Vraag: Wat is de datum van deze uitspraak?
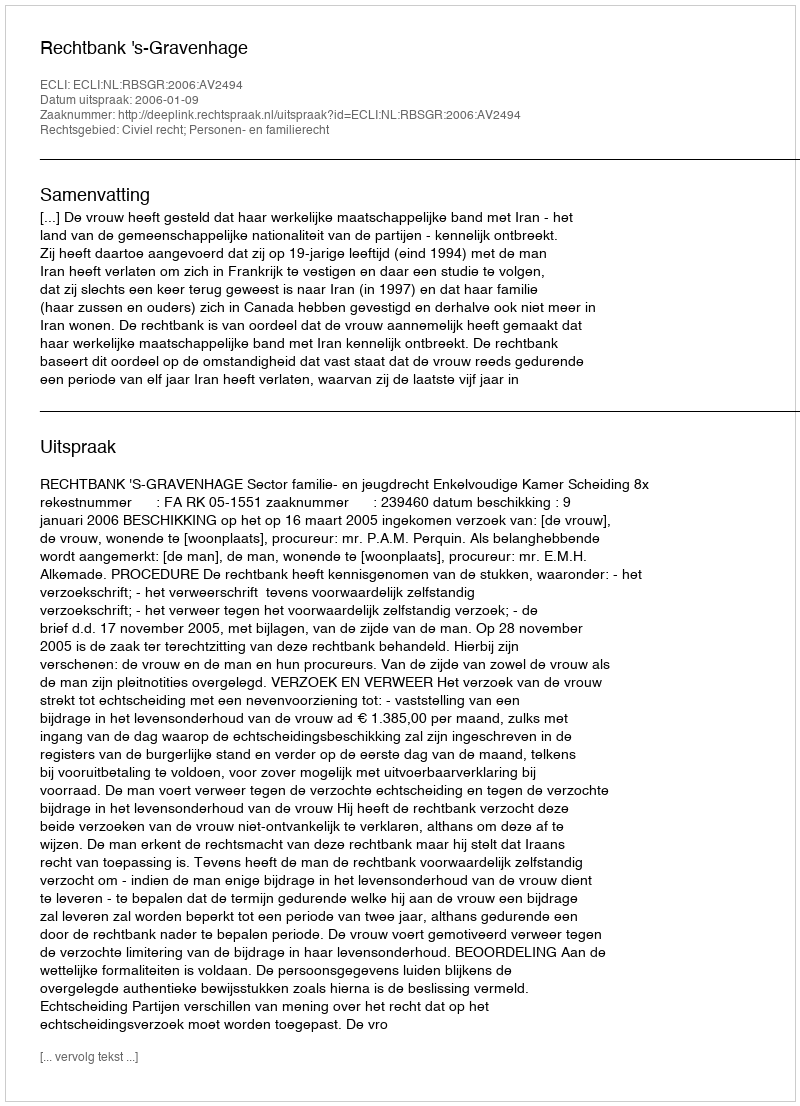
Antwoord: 2006-01-09